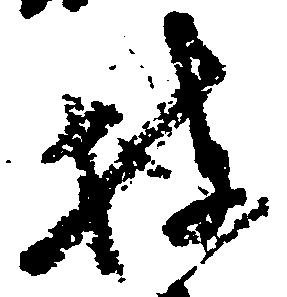
披